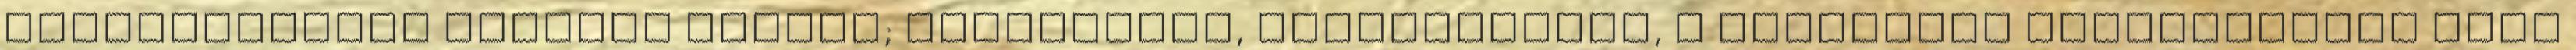
Egyesületének alapító elnöke; publicista, zenekritikus, a Zenevilág szerkesztője Főbb